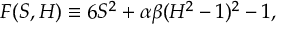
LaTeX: F ( S , H ) \equiv 6 S ^ { 2 } + \alpha \beta ( H ^ { 2 } - 1 ) ^ { 2 } - 1 ,